Lunatic asylums Central Provinces reports 1874-1885 - 1874-1885
Year: 1874
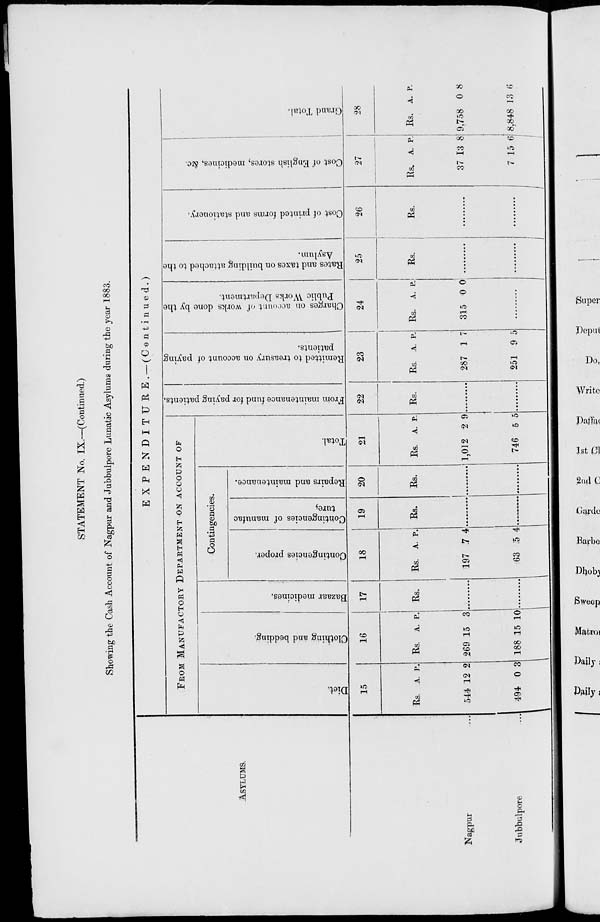
STATEMENT No. IX.—(Continued)
Showing the Cash Account of Nagpur and Jubbulpore Lunatic Asylums during the year 1883.
ASYLUMS.
Nagpur ...
Jubbulpore ...
EXPENDITURE.— (Continued.)
FROM MANUFACTORY DEPARTMENT ON ACCOUNT OF
Diet.
15
Rs.
544
494
A.
12
0
P.
2
3
Clothing and bedding.
16
Rs.
269
188
A.
15
15
P.
3
10
Bazaar medicines.
17
Rs.
.........
.........
Contingencies.
Contingencies proper.
18
Rs.
197
63
A.
7
5
P.
4
4
Contingencies of manufac-
ture.
19
Rs.
.........
.........
Repairs and maintenance.
20
Rs.
.........
.........
Total.
21
Rs.
1,012
746
A.
2
5
P.
9
5
From
maintenance fund for paying patients.
22
Rs.
.........
.........
Remitted to treasury on account of paying
patients.
23
Rs.
287
251
A.
1
9
P.
7
5
Charges on account of works done by the
Public Works Department.
24
Rs.
315
A.
0
P.
0
.........
Rates and taxes on building attached to the
Asylum.
25
Rs.
.........
.........
Cost of printed forms and stationery.
26
Rs.
.........
........
Cost of English stores, medicines, &c.
27
Rs.
37
7
A.
13
15
P.
8
6
Grand Total.
28
Rs.
9,758
8,848
A.
0
13
P.
8
6